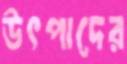
উৎপাদের